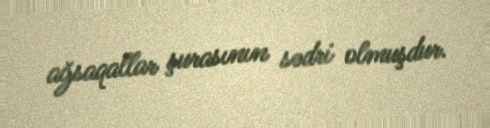
ağsaqallar şurasının sədri olmuşdur.